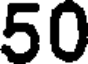
50